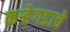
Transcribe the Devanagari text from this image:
कऱ्हेगडाचे